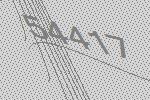
54417